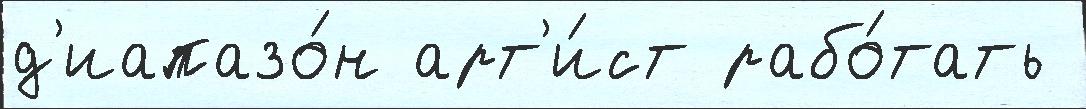
д'иапазо́н арт'и́ст рабо́тать